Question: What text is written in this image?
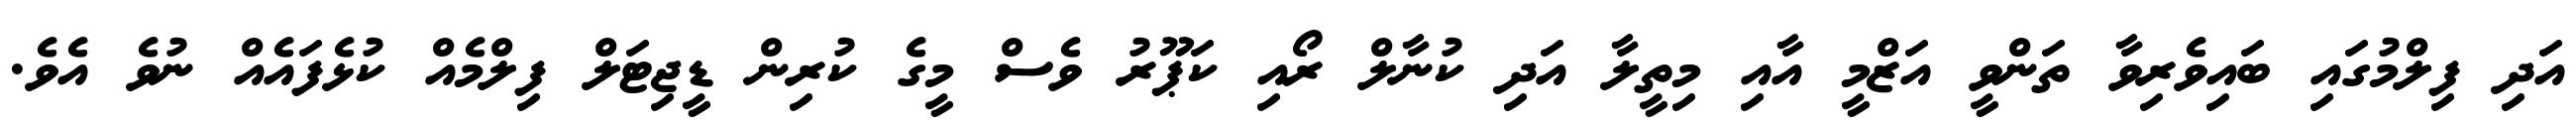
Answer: އަދި ފިލްމުގައި ބައިވެރިވާ ތަންވީ އަޒްމީ އާއި މިތީލާ އަދި ކުނާލް ރޯއި ކަޕޫރު ވެސް މީގެ ކުރިން ޑީޖިޓަލް ފިލްމެއް ކުޅެފައެއް ނުވެ އެވެ.